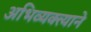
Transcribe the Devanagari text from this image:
अभिव्यक्त्याने